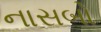
નાસબો